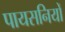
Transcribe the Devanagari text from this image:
पायसनियों